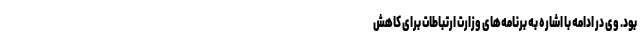
بود. وی در ادامه با اشاره به برنامه‌های وزارت ارتباطات برای کاهش